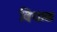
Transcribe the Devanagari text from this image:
बियाळ